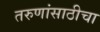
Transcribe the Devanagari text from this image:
तरुणांसाठीचा